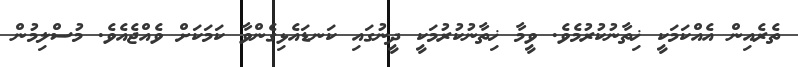
ތެރެއިން އެއްކަމަކީ ޚިތާނުކުރުމެވެ. ވީމާ ޚިތާނުކުރުމަކީ ދީނުގައި ކަނޑައެޅިގެންވާ ކަމަކަށް ވެއްޖެއެވެ. މުސްލިމުން